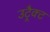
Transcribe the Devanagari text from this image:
उट्रैक्ट